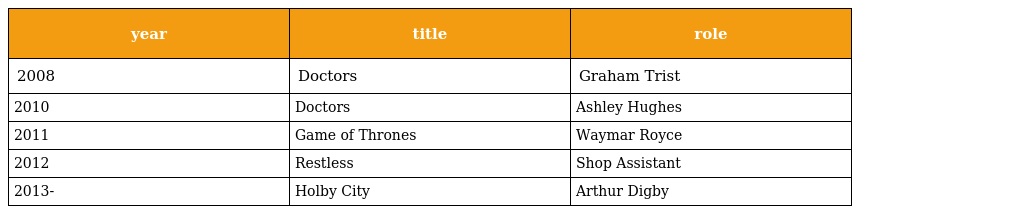
| year | title | role |
 | --- | --- | --- |
 | 2008 | Doctors | Graham Trist |
 | 2010 | Doctors | Ashley Hughes |
 | 2011 | Game of Thrones | Waymar Royce |
 | 2012 | Restless | Shop Assistant |
 | 2013- | Holby City | Arthur Digby |